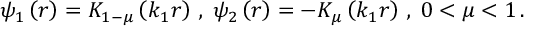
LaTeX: \psi _ { 1 } \left( r \right) = K _ { 1 - \mu } \left( k _ { 1 } r \right) \, , \; \psi _ { 2 } \left( r \right) = - K _ { \mu } \left( k _ { 1 } r \right) \, , \; 0 < \mu < 1 \, .